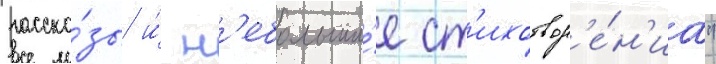
расска́зы и́ н'ебольши́е ст'ихотвор'е́н'иа"